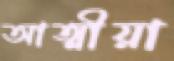
আত্মীয়া